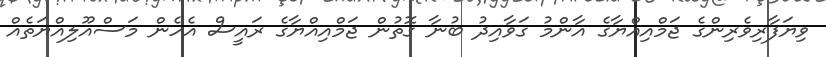
ވިޔަފާރިވެރިންގެ ޖަމްއިއްޔާގެ އާންމު ގަވާއިދު ބުނާ ގޮތުން ޖަމްއިއްޔާގެ ރައީސް އެހެން މަސްއޫލިއްޔަތެއް